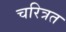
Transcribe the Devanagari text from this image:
चरित्रत